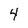
Character: 4